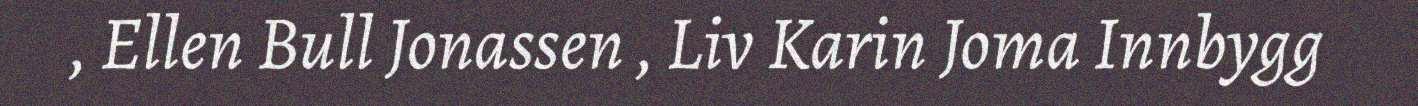
, Ellen Bull Jonassen , Liv Karin Joma Innbygg